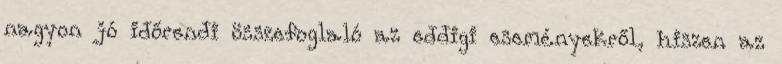
nagyon jó időrendi összefoglaló az eddigi eseményekről, hiszen az